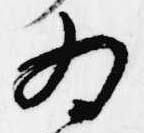
為